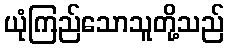
ယုံကြည်သောသူတို့သည်